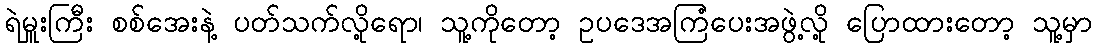
ရဲမှူးကြီး စစ်အေးနဲ့ ပတ်သက်လို့ရော၊ သူ့ကိုတော့ ဥပဒေအကြံပေးအဖွဲ့လို့ ပြောထားတော့ သူ့မှာ